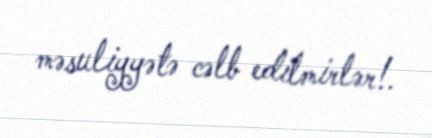
məsuliyyətə cəlb edilmirlər!.